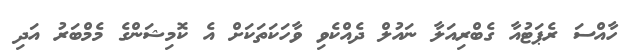
ހާއްސަ ރެޕަޓުއާ ގެބްރިއަލާ ނައުލް ދެއްކެވި ވާހަކަތަކަށް އެ ކޮމިޝަންގެ މެމްބަރު އަދި